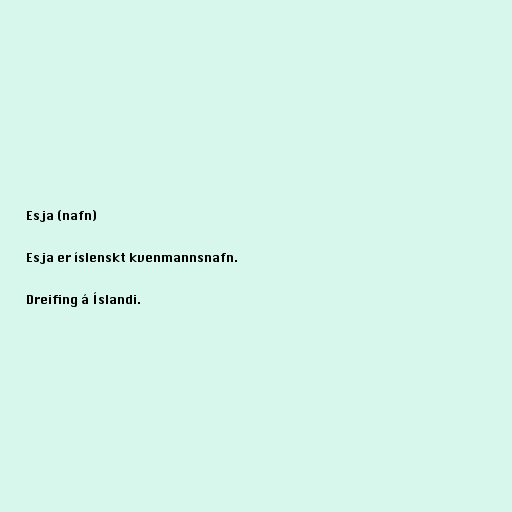
Esja (nafn)

Esja er íslenskt kvenmannsnafn.

Dreifing á Íslandi.